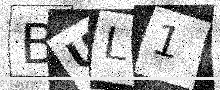
Text: BUL1